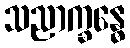
သညာက္ခန္ဓေ